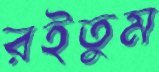
রইতুম